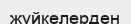
жүйкелерден